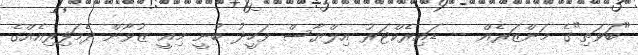
"ބަވަތި"ގެ މަންޒަރެއް -- ޑައިރެކްޓަރު އިލްޔާސް ވަހީދު ބުނީ މިއީ ޒުވާން ދެމަފިރިއެއްގެ